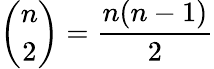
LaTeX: {\binom{n}{2}}={\frac{n(n-1)}{2}}